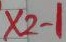
Text: X2-1